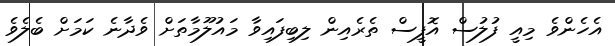
އެހެންވެ މިއީ ފުލުސް އޮފީސް ތެރެއިން ލިބިފައިވާ މައުލޫމާތަށް ވެދާނެ ކަމަށް ބެލެވެ